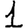
Digit: 1